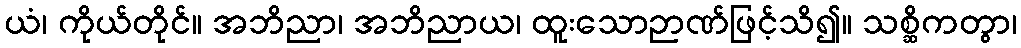
ယံ၊ ကိုယ်တိုင်။ အဘိညာ၊ အဘိညာယ၊ ထူးသောဉာဏ်ဖြင့်သိ၍။ သစ္ဆိကတွာ၊